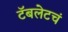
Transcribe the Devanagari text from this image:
टॅबलेटचं